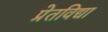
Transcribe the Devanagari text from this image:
प्रेतविद्या